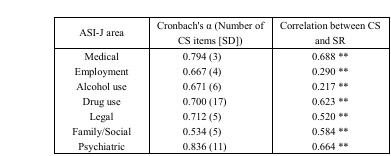
| ASI-J area | Cronbach’s α (Number of CS items [SD]) | Correlation between CS and SR |
 | --- | --- | --- |
 | Medical | 0.794 (3) | 0.688 ** |
 | Employment | 0.667 (4) | 0.290 ** |
 | Alcohol use | 0.671 (6) | 0.217 ** |
 | Drug use | 0.700 (17) | 0.623 ** |
 | Legal | 0.712 (5) | 0.520 ** |
 | Family/Social | 0.534 (5) | 0.584 ** |
 | Psychiatric | 0.836 (11) | 0.664 ** |